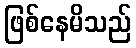
ဖြစ်နေမိသည်